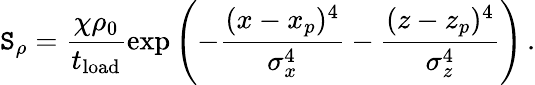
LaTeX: \mathtt{S}_{\rho}=\frac{{\chi\rho_{0}}}{{t_{\mathrm{{load}}}}}\exp\left({-\frac{{(x-x_{p})^{4}}}{{\sigma_{x}^{4}}}-\frac{{(z-z_{p})^{4}}}{{\sigma_{z}^{4}}}}\right)\, .